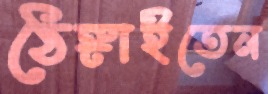
ঠেঙ্গাইতেন